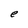
Character: e